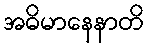
အဓိမာနေနာတိ